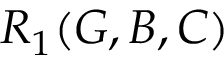
R _ { 1 } ( G , B , C )